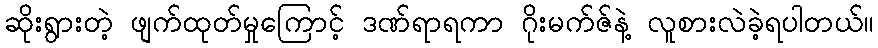
ဆိုးရွားတဲ့ ဖျက်ထုတ်မှုကြောင့် ဒဏ်ရာရကာ ဂိုးမက်ဇ်နဲ့ လူစားလဲခဲ့ရပါတယ်။